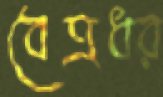
বেত্রধর